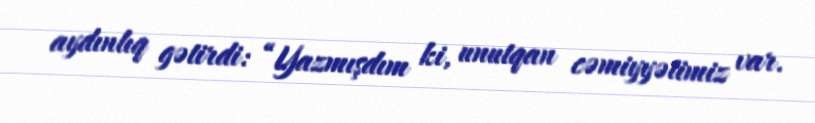
aydınlıq gətirdi: “Yazmışdım ki, unutqan cəmiyyətimiz var.